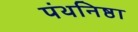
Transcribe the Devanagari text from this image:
पंथनिष्ठा